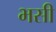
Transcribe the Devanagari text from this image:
भसी